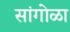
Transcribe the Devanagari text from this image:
सांगोळा